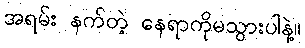
အရမ်း နက်တဲ့ နေရာကိုမသွားပါနဲ့။